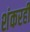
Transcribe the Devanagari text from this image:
शंकरही